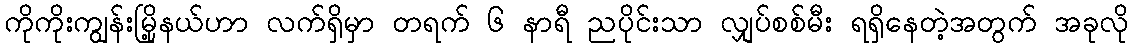
ကိုကိုးကျွန်းမြို့နယ်ဟာ လက်ရှိမှာ တရက် ၆ နာရီ ညပိုင်းသာ လျှပ်စစ်မီး ရရှိနေတဲ့အတွက် အခုလို